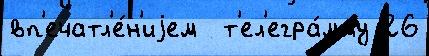
вп'ечатл'е́н'иjем  т'ел'егра́мму 26